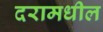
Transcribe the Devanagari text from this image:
दरामधील